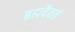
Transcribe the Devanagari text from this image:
ब्रह्मदैवतं